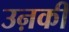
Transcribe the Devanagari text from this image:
उऩकी